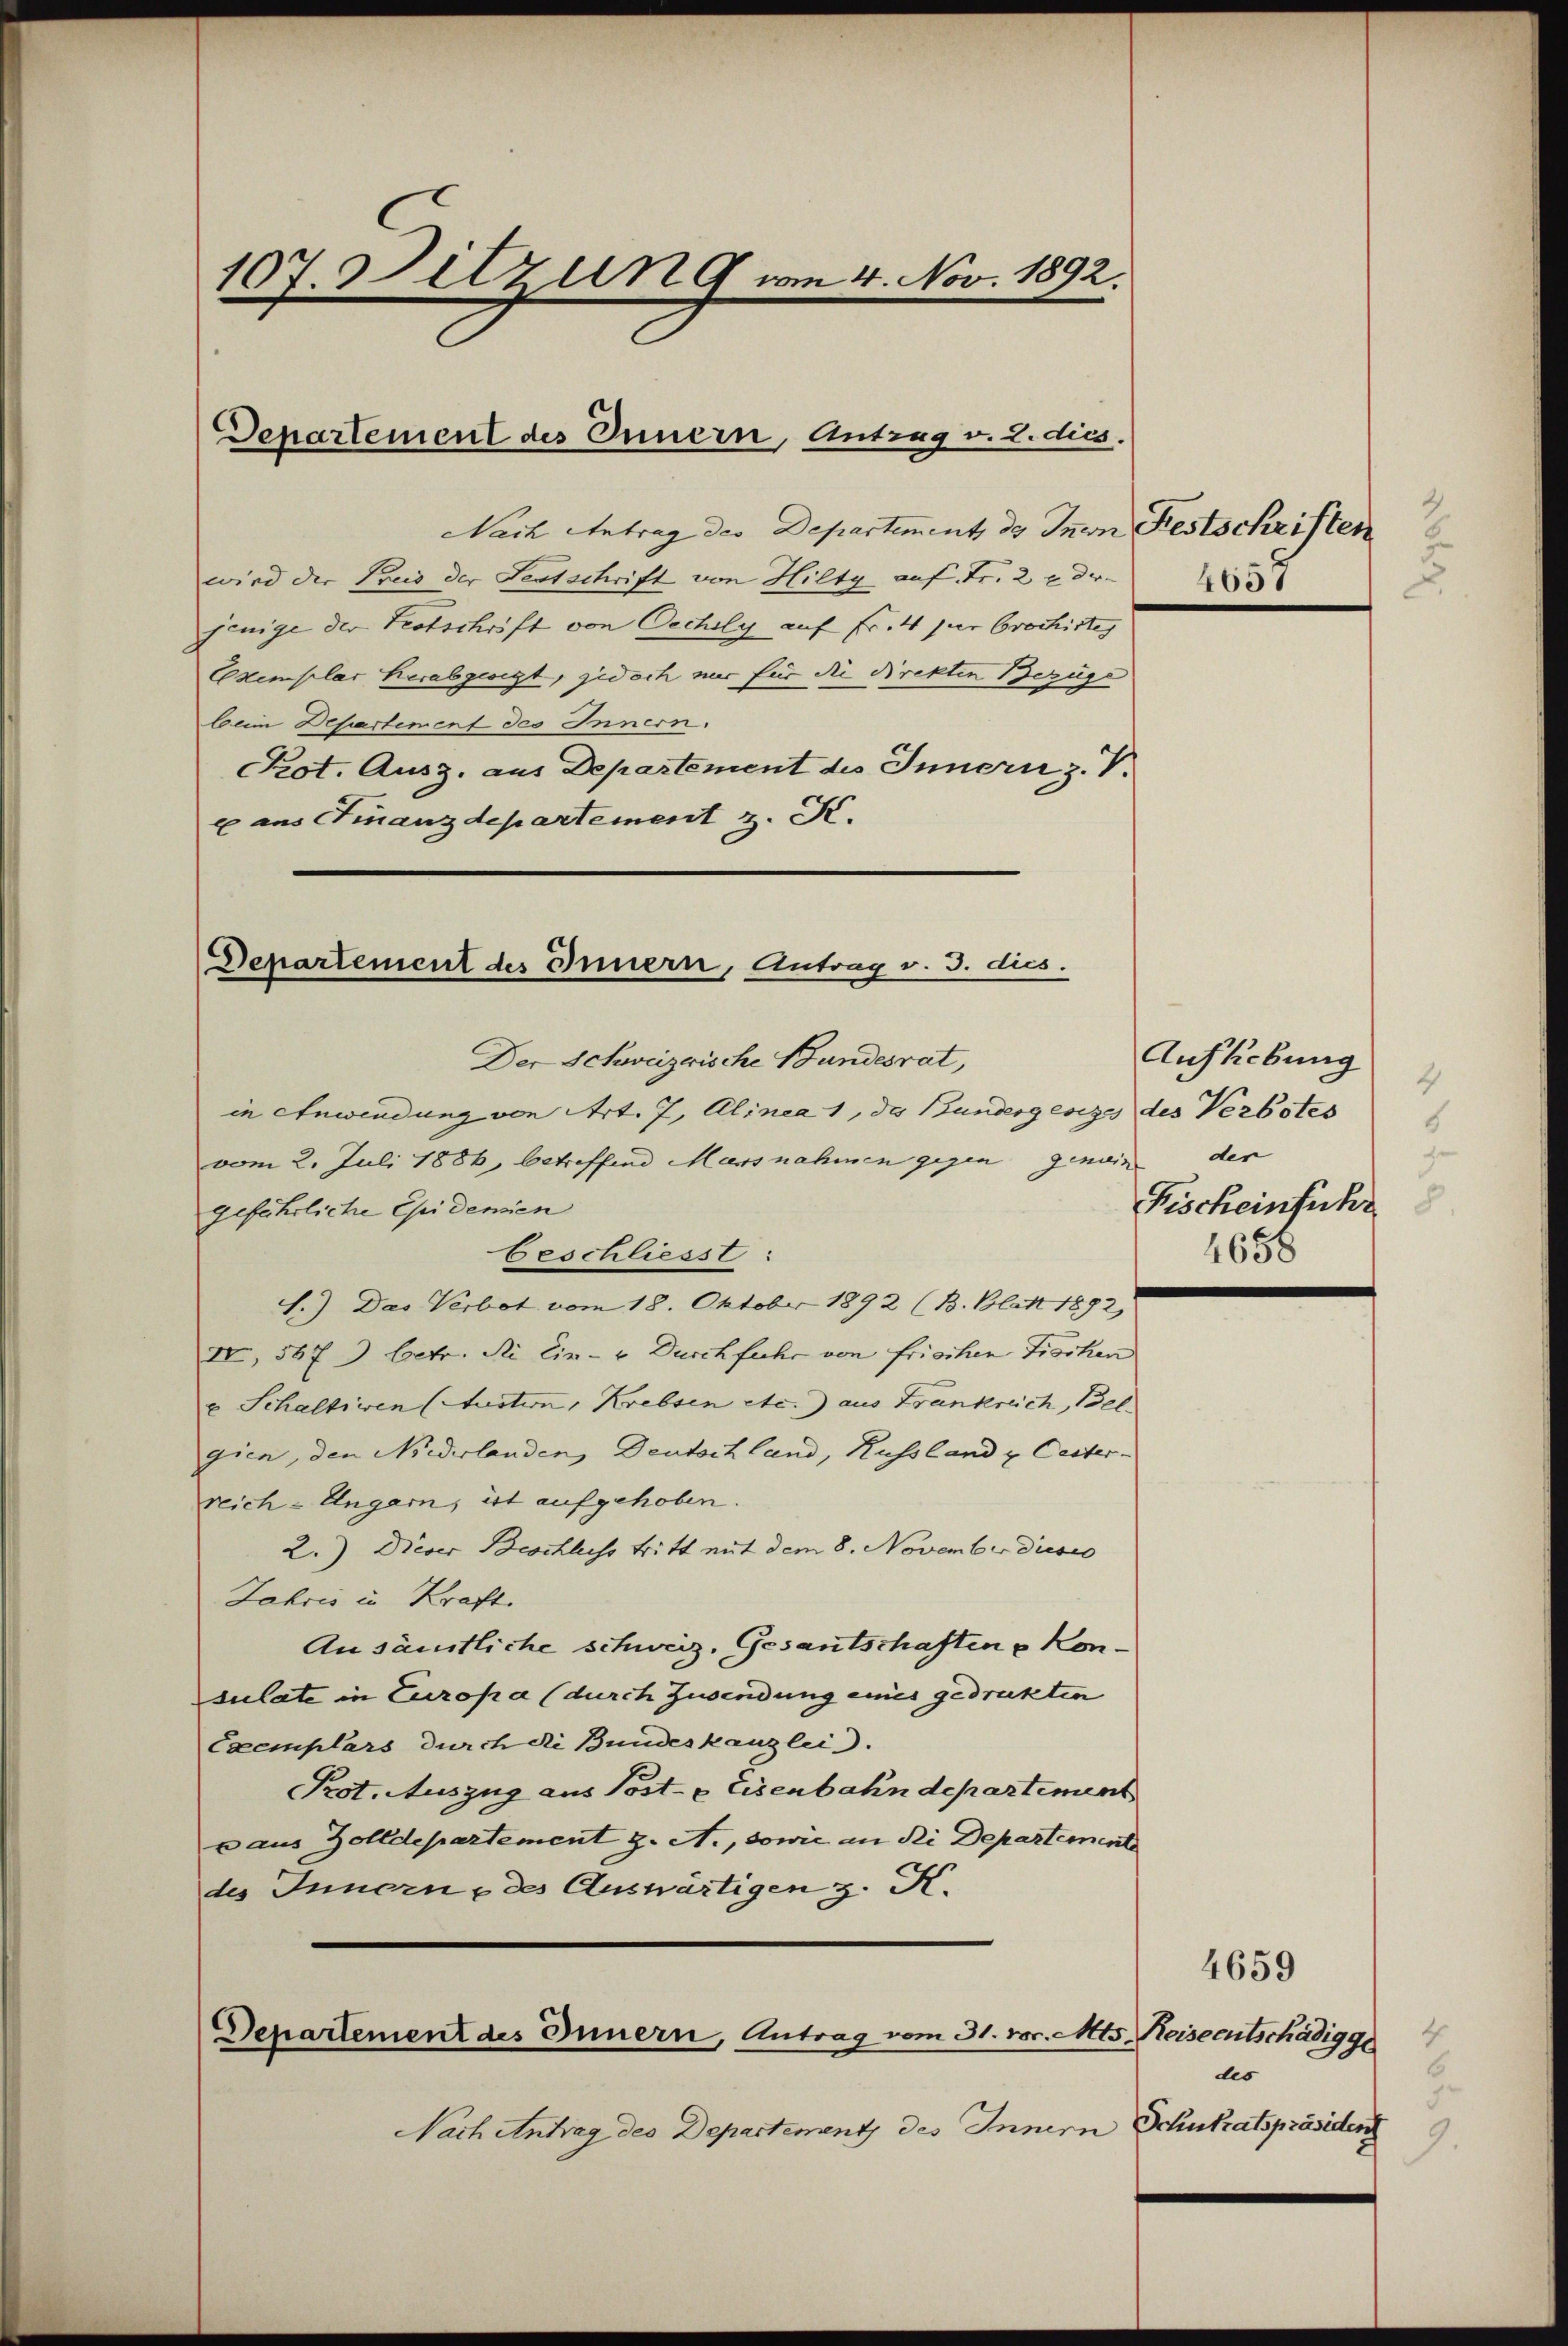
107. Sitzung am 4. Nov. 1892.

Departement des Innern, Antrag v. 2. dies.

Nach Antrag des Departement, ds Innern Festschriften
wird der Prus der Festschrift von Hilty auf Fr. 2 u. der
jenige der Trotschrift von Oechily auf Fr. 4 per brochirtes
Exxemplar herabgeregt, jedoch nur für die Direkten Bezüge
beim Departement des Innern.
Pot. Ausz. aus Departement des Innern z. V.
x ans Finanzdepartement z. K.

Departement des Innern, Antrag v. 3. dies.
Der Schweizerische Bundesrat,

in Anwendung von Art. 7, Alinea 1, das Bundesgesezes des Verbotes
vom 2. Juli 1886, betreffend Mars nahmen gegen genuin der
geführliche Epidemien
Geschliesst:
1.) Das Verbot vom 18. Oktober 1892 (B. Blitt 1892)
IV, 567 betr. Si cin- u. Durchfuhr von frischen Trocken
u Schaltiwen (Auction, Krebsen etc.) aus Frankreich, Belgien, den Niederlanden Deutschland, Russland u. Cetter-
reich-Ungarn, ist aufgehoben.
2.) Dieser Beschluss tritt mit dem 8. November dieses
Jahres in Kraft.
Ansämtliche schweiz. Gesantschaften u Konsulate in Europa (durch Zusendung eines gedruckten
Exemplars durch die Bundeskanzlei.
Pot. Auszug aus Post- & Eisenbahndepartement
x aus Zolldepartement z. A., sowie an die Departement
des Innern & des Auswärtigen z. R.

Departement des Innern, Antrag vom 31. vor. Mts. Keiseentschädigge

Nach Antrag des Departement des Innern

2
4657
J

Aufhebung
2
6
d
Fischeinführ
8
1658

6
des
.
Druckatspräsident
9.

4659